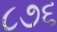
૮૭૬